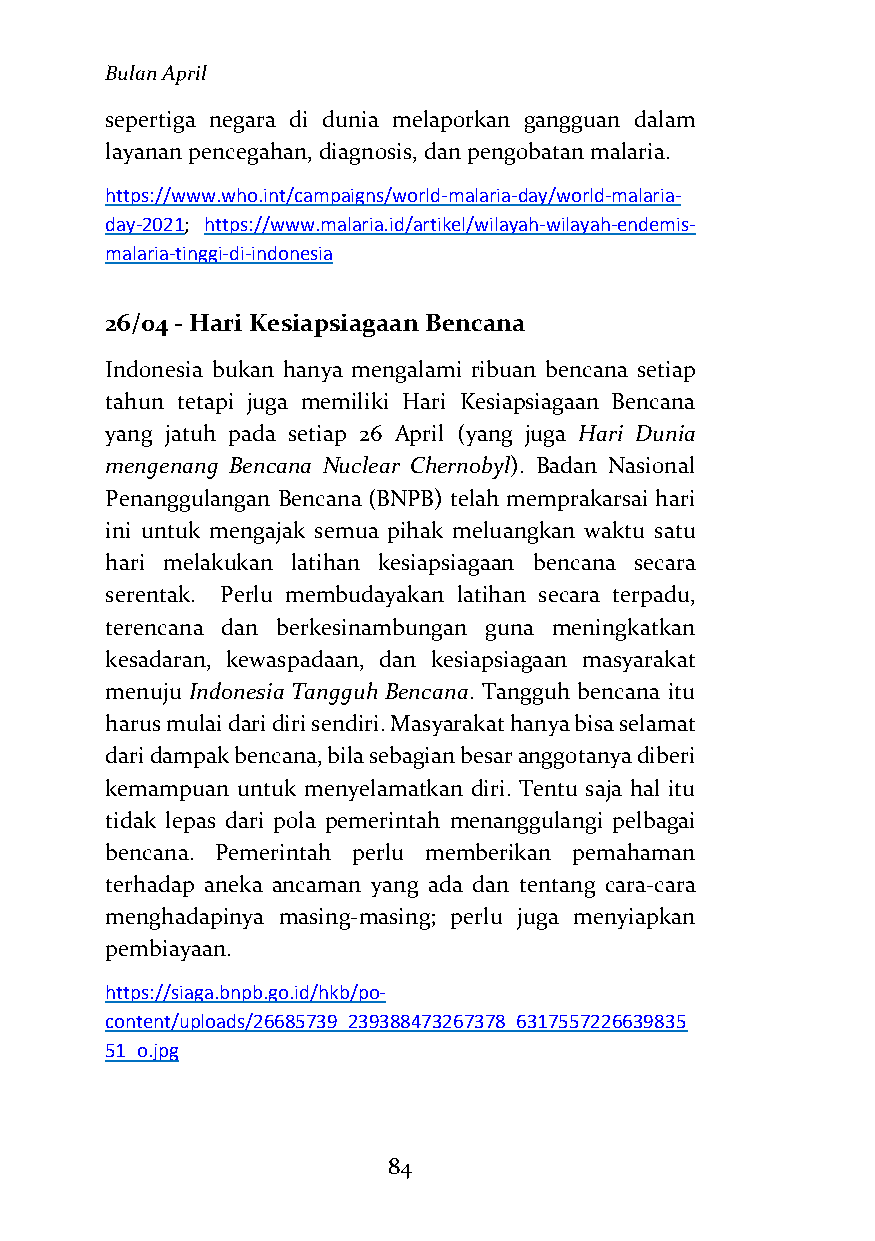
Bulan April
 sepertiga negara di dunia melaporkan gangguan dalam
 layanan pencegahan, diagnosis, dan pengobatan malaria.
 https://www.who.int/campaigns/world-malaria-day/world-malaria-
 day-2021; https://www.malaria.id/artikel/wilayah-wilayah-endemis-
 malaria-tinggi-di-indonesia
 26/04 - Hari Kesiapsiagaan Bencana
 Indonesia bukan hanya mengalami ribuan bencana setiap
 tahun tetapi juga memiliki Hari Kesiapsiagaan Bencana
 yang jatuh pada setiap 26 April (yang juga Hari Dunia
 mengenang Bencana Nuclear Chernobyl). Badan Nasional
 Penanggulangan Bencana (BNPB) telah memprakarsai hari
 ini untuk mengajak semua pihak meluangkan waktu satu
 hari melakukan latihan kesiapsiagaan bencana secara
 serentak. Perlu membudayakan latihan secara terpadu,
 terencana dan berkesinambungan guna meningkatkan
 kesadaran, kewaspadaan, dan kesiapsiagaan masyarakat
 menuju Indonesia Tangguh Bencana. Tangguh bencana itu
 harus mulai dari diri sendiri. Masyarakat hanya bisa selamat
 dari dampak bencana, bila sebagian besar anggotanya diberi
 kemampuan untuk menyelamatkan diri. Tentu saja hal itu
 tidak lepas dari pola pemerintah menanggulangi pelbagai
 bencana. Pemerintah perlu memberikan pemahaman
 terhadap aneka ancaman yang ada dan tentang cara-cara
 menghadapinya masing-masing; perlu juga menyiapkan
 pembiayaan.
 https://siaga.bnpb.go.id/hkb/po-
 content/uploads/26685739_239388473267378_6317557226639835
 51_o.jpg
 84